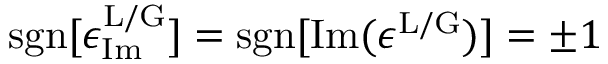
\mathrm { s g n } [ \epsilon _ { \mathrm { I m } } ^ { \mathrm { L / G } } ] = \mathrm { s g n } [ \mathrm { I m } ( \epsilon ^ { \mathrm { L / G } } ) ] = \pm 1